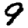
Digit: 9